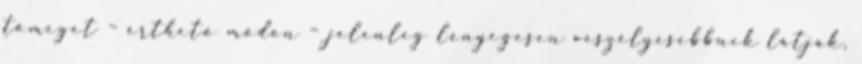
tömeget – érthető módon – jelenleg lényegesen veszélyesebbnek látják,